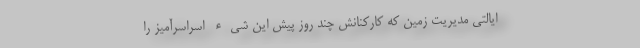
ایالتی مدیریت زمین که کارکنانش چند روز پیش این شیء اسراسرآمیز را